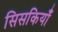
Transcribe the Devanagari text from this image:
सिसकियाँ